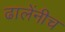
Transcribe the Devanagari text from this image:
ढालेंनीच